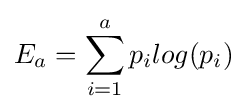
E_{a}=\sum _{i=1}^{a}p_{i}log(p_{i})